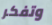
وتفكر